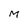
Character: M